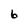
Character: 6